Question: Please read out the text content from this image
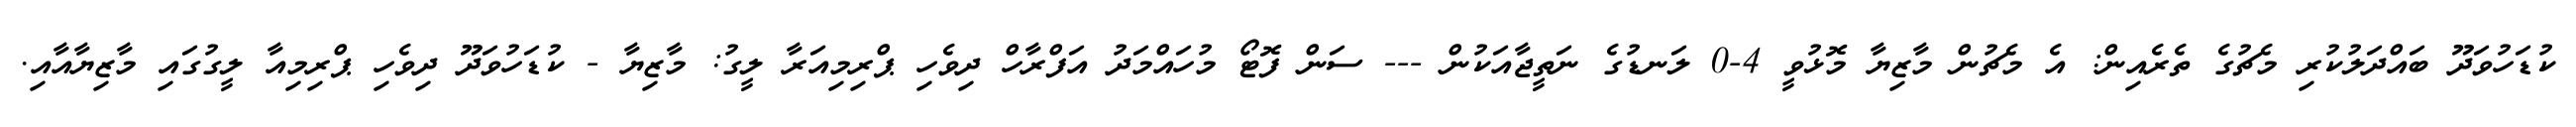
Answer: ކުޑަހުވަދޫ ބައްދަލުކުރި މެޗުގެ ތެރެއިން: އެ މެޗުން މާޒިޔާ މޮޅުވީ 4-0 ލަނޑުގެ ނަތީޖާއަކުން --- ސަން ފޮޓޯ މުހައްމަދު އަފްރާހް ދިވެހި ޕްރިމިއަރާ ލީގު: މާޒިޔާ - ކުޑަހުވަދޫ ދިވެހި ޕްރިމިއާ ލީގުގައި މާޒިޔާއާއި.